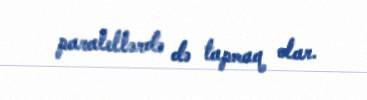
paralellərdə də tapmaq olar.